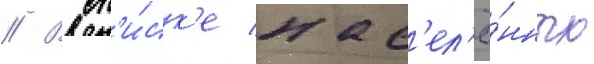
// В сп'и́ск'е нас'ел'ё́нных